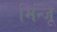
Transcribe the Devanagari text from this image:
मिन्जू